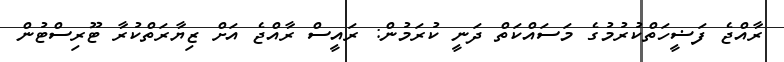
ރާއްޖެ ފަޟީހަތްކުރުމުގެ މަސައްކަތް ދަނީ ކުރަމުން: ރައީސް ރާއްޖެ އަށް ޒިޔާރަތްކުރާ ޓޫރިސްޓުން